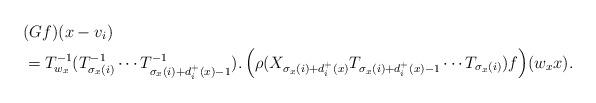
LaTeX: \begin{align*}&(Gf)(x-v_{i}) \\ &=T_{w_{x}}^{-1} (T_{\sigma_{x}(i)}^{-1} \cdots T_{\sigma_{x}(i)+d_{i}^{+}(x)-1}^{-1}). \left( \rho(X_{\sigma_{x}(i)+d_{i}^{+}(x)}T_{\sigma_{x}(i)+d_{i}^{+}(x)-1} \cdots T_{\sigma_{x}(i)})f\right)\!(w_{x}x). \end{align*}